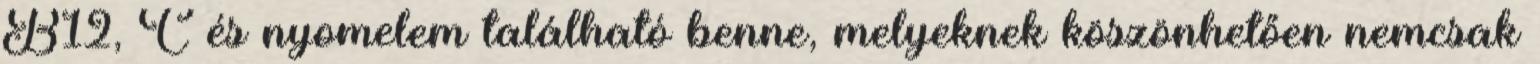
B12, C és nyomelem található benne, melyeknek köszönhetően nemcsak